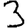
Digit: 3